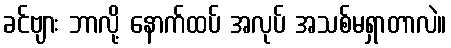
ခင်ဗျား ဘာလို့ နောက်ထပ် အလုပ် အသစ်မရှာတာလဲ။